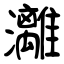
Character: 灕